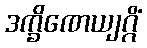
ဒက္ခိဏေယျဂ္ဂိံ